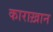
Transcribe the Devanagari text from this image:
काराख़ान